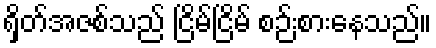
ရှိတ်အဇစ်သည် ငြိမ်ငြိမ် စဉ်းစားနေသည်။